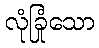
လုံခြုံသော